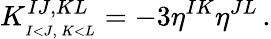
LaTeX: K_{_{I<J,\, K<L}}^{IJ,KL}=-3\eta^{IK}\eta^{JL}\, .